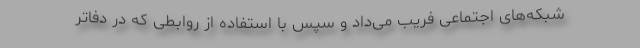
شبکه‌های اجتماعی فریب می‌داد و سپس با استفاده از روابطی که در دفاتر